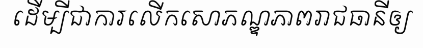
ដើម្បីជាការលើកសោភណ្ឌភាពរាជធានីឲ្យ